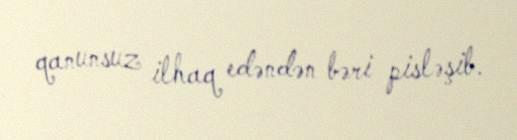
qanunsuz ilhaq edəndən bəri pisləşib.